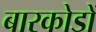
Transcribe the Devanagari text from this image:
बारकोडों